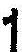
1